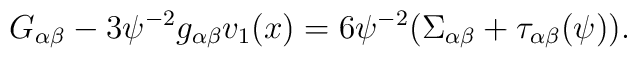
G_{\alpha\beta}-3\psi^{-2}g_{\alpha\beta}v_{1}(x)=6\psi^{-2}(\Sigma_{\alpha\beta}+\tau_{\alpha\beta}(\psi)).